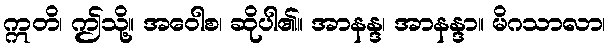
ဣတိ၊ ဤသို့။ အဝေါစ၊ ဆိုပါ၏။ အာနန္ဒ၊ အာနန္ဒာ။ မိဂသာလာ၊